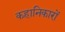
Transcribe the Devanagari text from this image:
कहानिकारों